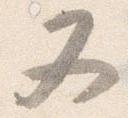
又